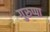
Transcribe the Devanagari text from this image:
गुरुप्पा